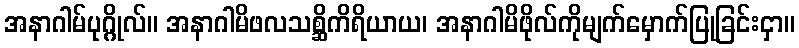
အနာဂါမ်ပုဂ္ဂိုလ်။ အနာဂါမိဖလသစ္ဆိကိရိယာယ၊ အနာဂါမိဖိုလ်ကိုမျက်မှောက်ပြုခြင်းငှာ။